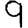
Digit: 9